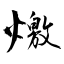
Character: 燩